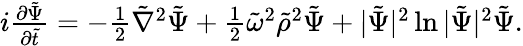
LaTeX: \begin{array}{r}{i\frac{\partial{\tilde{\Psi}}}{\partial\tilde{t}}=-\frac{1}{2}{\tilde{\nabla}}^{2}{\tilde{\Psi}}+\frac 12{\tilde{\omega}}^{2}{\tilde{\rho}}^{2}{\tilde{\Psi}}+|{\tilde{\Psi}}|^{2}\ln|{\tilde{\Psi}}|^{2}{\tilde{\Psi}}.}\end{array}